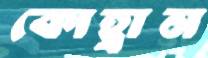
কোহ্রাম